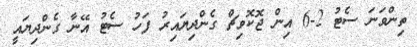
ތިންވަނަ ސެޓު 2-6 އިން ޖޮކޮވިޗް ގެންދިޔައިރު ފަހު ސެޓު އޭނާ ގެންދިޔައީ